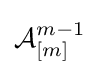
{\mathcal {A}}_{[m]}^{m-1}